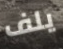
يلف